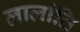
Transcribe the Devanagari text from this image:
लालांति